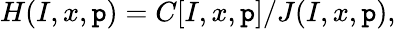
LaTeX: H(I,x,\mathtt{p})=C[I,x,\mathtt{p}]/J(I,x,\mathtt{p}),